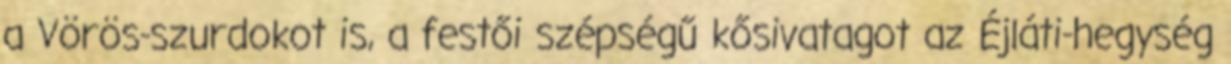
a Vörös-szurdokot is, a festői szépségű kősivatagot az Éjláti-hegység